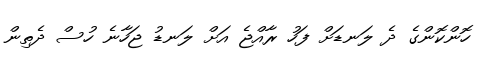
ހޮންކޮންގެ ދެ ލަނޑަށް ފަހު ރާއްޖެ އަށް ލަނޑު ޖަހާނެ ހުސް ދެތިން